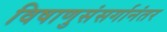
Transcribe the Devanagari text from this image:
विषाणुसंसर्गानंतर